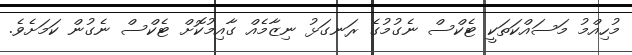
މުހިއްމު މަސައްކަތަކީ ޓެކްސް ނެގުމުގެ ރަނގަޅު ނިޒާމެއް ގާއިމުކޮށް ޓެކްސް ނެގުން ކަމަށެވެ.